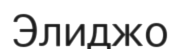
Элиджо